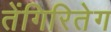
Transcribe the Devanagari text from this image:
तेंगिरितेग